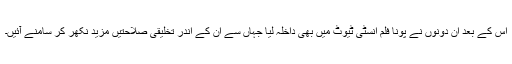
اس کے بعد ان دونوں نے پونا فلم انسٹی ٹیوٹ میں بھی داخلہ لیا جہاں سے ان کے اندر تخلیقی صلاحتیں مزید نکھر کر سامنے آئیں۔